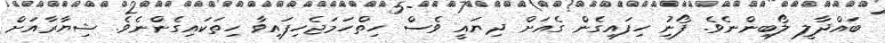
ބައްދާލީ ލޯބިންނެވެ. ފޯނުި ހިފައިގެން ގެއަށް ދިޔައީ ވެސް ހިތްހަމަޖެހިފައިވާ ހިތަކައިގެންނެވެ. ޝިޔާރާއަށް